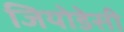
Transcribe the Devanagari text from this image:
जियोडेसी